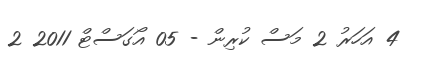
4 އަހަރު 2 މަސް ކުރިން - 05 އޯގަސްޓް 2011 2